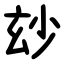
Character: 玅